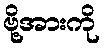
ဗို့အားကို